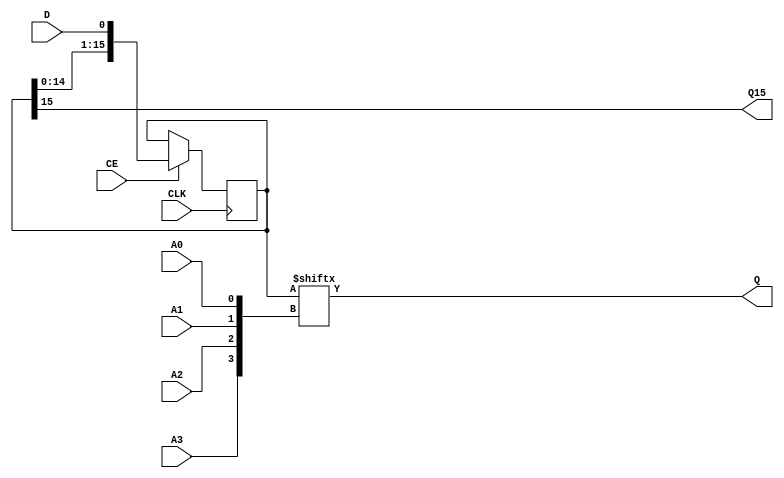
`ifdef verilator3
`else
`timescale 1 ps / 1 ps
`endif
//
// SRLC16E primitive for Xilinx FPGAs
// Compatible with Verilator tool (www.veripool.org)
// Copyright (c) 2019-2022 Frdric REQUIN
// License : BSD
//

module SRLC16E
#(
    parameter [15:0] INIT = 16'h0,
    parameter  [0:0] IS_CLK_INVERTED = 1'b0
)
(
    // Clock
    input  wire       CLK,
    // Clock enable
    input  wire       CE,
    // Bit output position
    input  wire       A0, A1, A2, A3,
    // Data in
    input  wire       D,
    // Data out
    output wire       Q,
    // Cascading data out
    output wire       Q15
);

    // 32-bit shift register
    reg  [15:0] _r_srl;
    
    // Bit position
    wire  [3:0] _w_addr = { A3, A2, A1, A0 };
    
    // Power-up value
    initial begin
        _r_srl = INIT;
    end
    
    // Shifter logic
    generate
        if (IS_CLK_INVERTED) begin : GEN_CLK_NEG
            always @(negedge CLK) begin : SHIFTER_16B
            
                if (CE) begin
                    _r_srl <= { _r_srl[14:0], D };
                end
            end
        end
        else begin : GEN_CLK_POS
            always @(posedge CLK) begin : SHIFTER_16B
            
                if (CE) begin
                    _r_srl <= { _r_srl[14:0], D };
                end
            end
        end
    endgenerate
    
    // Data out
    assign Q   = _r_srl[_w_addr];
    
    // Cascading data out
    assign Q15 = _r_srl[15];
    
endmodule